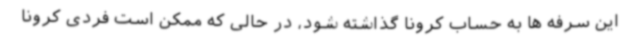
این سرفه ها به حساب کرونا گذاشته شود، در حالی که ممکن است فردی کرونا